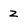
Character: z